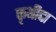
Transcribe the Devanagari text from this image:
कृथीदा